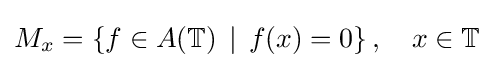
M_{x}=\left\{f\in A(\mathbb {T} )\,\mid \,f(x)=0\right\},\quad x\in \mathbb {T} ~